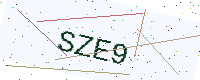
Text: SZE9